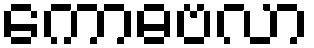
ကောဓဗလာ